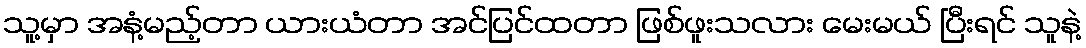
သူ့မှာ အနံ့မည့်တာ ယားယံတာ အင်ပြင်ထတာ ဖြစ်ဖူးသလား မေးမယ် ပြီးရင် သူနဲ့